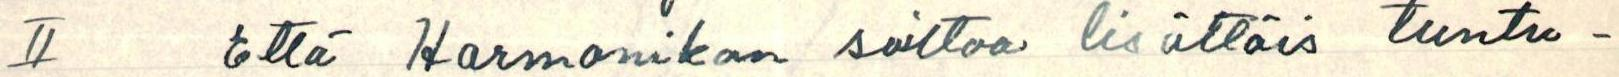
II Että Harmonikan soittoa lisättäis tuntu-